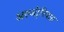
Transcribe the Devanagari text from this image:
अल्जी़रियात